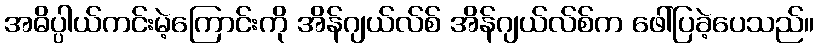
အဓိပ္ပါယ်ကင်းမဲ့ကြောင်းကို အိန်ဂျယ်လ်စ် အိန်ဂျယ်လ်စ်က ဖေါ်ပြခဲ့ပေသည်။